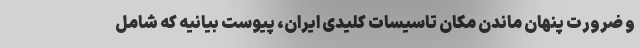
و ضرورت پنهان ماندن مکان تاسیسات کلیدی ایران، پیوست بیانیه که شامل